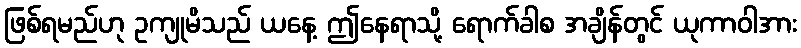
ဖြစ်ရမည်ဟု ဥကျုမိသည် ယနေ့ ဤနေရာသို့ ရောက်ခါစ အချိန်တွင် ယုကာဝါအား